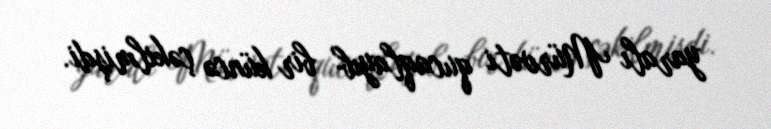
yaralı Mürvəti qucaqlayıb bir küncə çəkilmişdi.